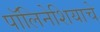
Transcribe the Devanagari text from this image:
पॉलिनेशियाचे